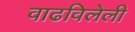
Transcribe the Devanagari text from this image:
वाढविलेली